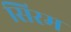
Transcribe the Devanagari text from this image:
सिरम